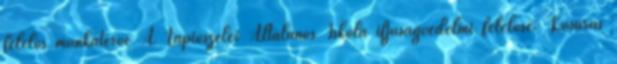
felelős munkaterve A Tápiószelei Általános Iskola ifjúságvédelmi felelőse: Kosaras